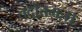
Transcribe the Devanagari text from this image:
तदोत्तमः।।